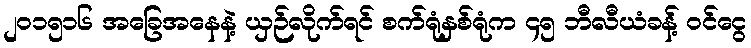
၂၀၁၅၁၆ အခြေအနေနဲ့ ယှဉ်လိုက်ရင် စက်ရုံနှစ်ရုံက ၄၅ ဘီလီယံခန့် ဝင်ငွေ